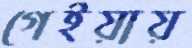
গেইয়ায়